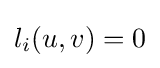
l_{i}(u,v)=0